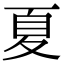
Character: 夏